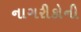
નાગરીકોની